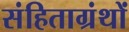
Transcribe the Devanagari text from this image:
संहिताग्रंथों